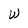
Character: W